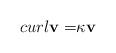
LaTeX: \begin{align*}curl\mathbf{v=}\kappa \mathbf{v} \end{align*}